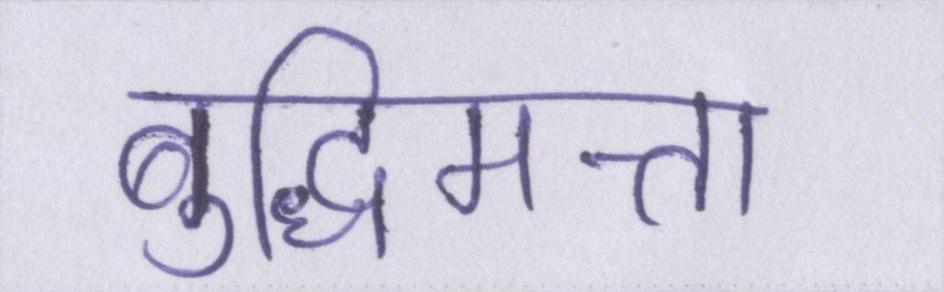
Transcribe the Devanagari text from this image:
बुद्धिमत्ता